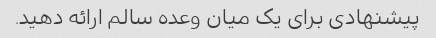
پیشنهادی برای یک میان وعده سالم ارائه دهید.